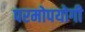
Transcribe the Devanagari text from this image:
परमोपयोगी